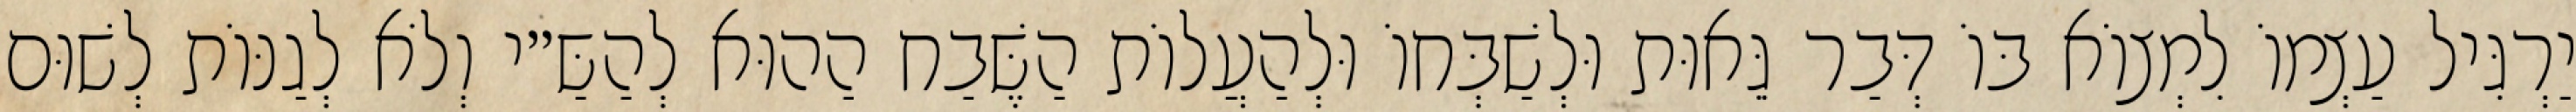
יַרְגִּיל עַצְמוֹ לִמְצוֹא בּוֹ דְּבַר גֵּאוּת וּלְשַׁבְּחוֹ וּלְהַעֲלוֹת הַשֶּׁבַח הַהוּא לְהַשַּ״י וְלֹא לְגַנּוֹת לְשׁוּם